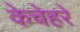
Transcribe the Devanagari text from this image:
केचेहरे